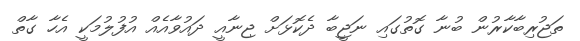
ތަޖުރިބާކާރުން ބުނާ ގޮތުގައި ނަޖީބާ ދެކޮޅަށް ޖިނާއީ ދައުވާއެއް އުފުލުމަކީ އެހާ ގާތް